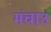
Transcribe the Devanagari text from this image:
मंचाउ